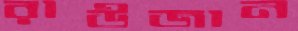
রাউজান